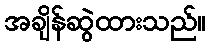
အချိန်ဆွဲထားသည်။